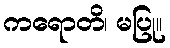
ကရောတိ၊ မပြု။